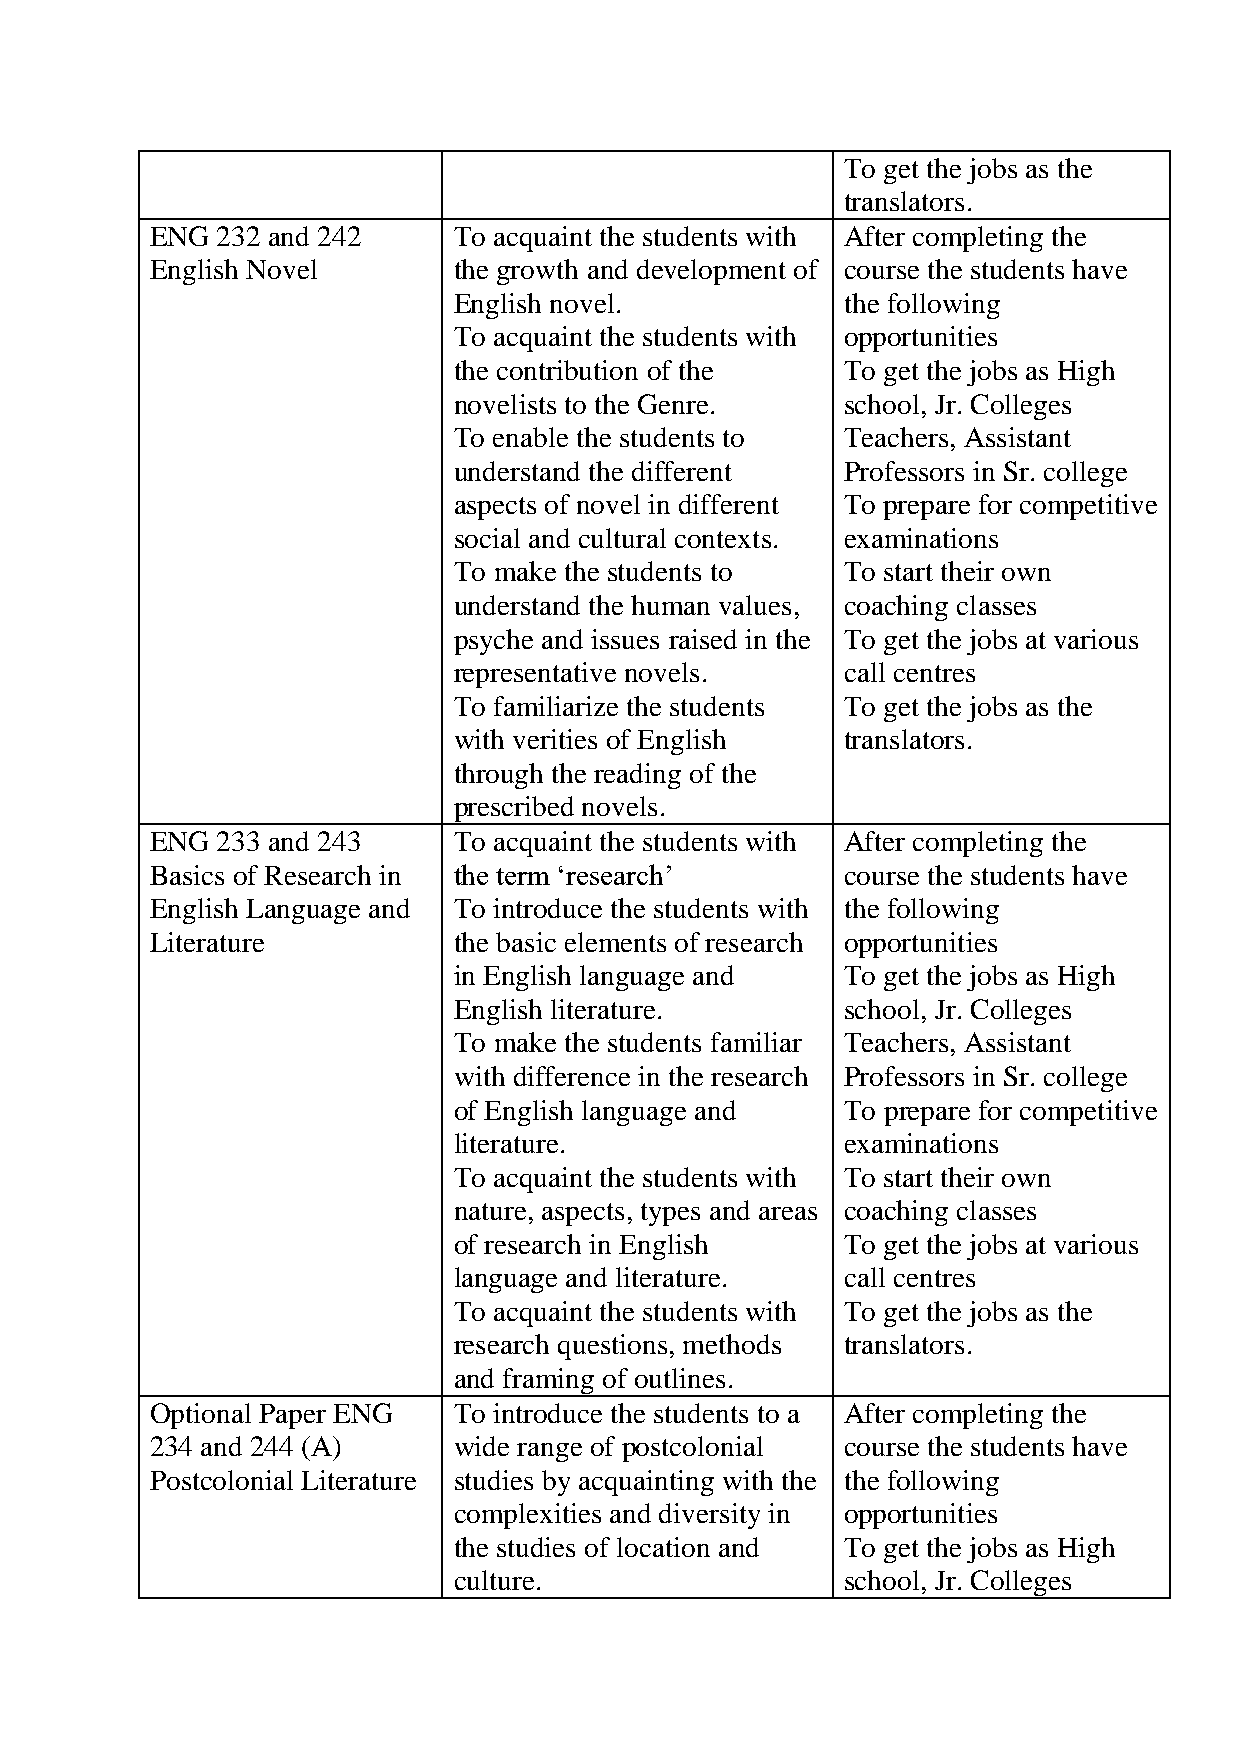
To get the jobs as the
 translators.
 ENG 232 and 242     To acquaint the students with After completing the
 English Novel       the growth and development of course the students have
 English novel.            the following
 To acquaint the students with opportunities
 the contribution of the   To get the jobs as High
 novelists to the Genre.   school, Jr. Colleges
 To enable the students to Teachers, Assistant
 understand the different  Professors in Sr. college
 aspects of novel in different To prepare for competitive
 social and cultural contexts. examinations
 To make the students to   To start their own
 understand the human values, coaching classes
 psyche and issues raised in the To get the jobs at various
 representative novels.    call centres
 To familiarize the students To get the jobs as the
 with verities of English  translators.
 through the reading of the
 prescribed novels.
 ENG 233 and 243     To acquaint the students with After completing the
 Basics of Research in the term ‘research’     course the students have
 English Language and To introduce the students with the following
 Literature          the basic elements of research opportunities
 in English language and   To get the jobs as High
 English literature.       school, Jr. Colleges
 To make the students familiar Teachers, Assistant
 with difference in the research Professors in Sr. college
 of English language and   To prepare for competitive
 literature.               examinations
 To acquaint the students with To start their own
 nature, aspects, types and areas coaching classes
 of research in English    To get the jobs at various
 language and literature.  call centres
 To acquaint the students with To get the jobs as the
 research questions, methods translators.
 and framing of outlines.
 Optional Paper ENG  To introduce the students to a After completing the
 234 and 244 (A)     wide range of postcolonial course the students have
 Postcolonial Literature studies by acquainting with the the following
 complexities and diversity in opportunities
 the studies of location and To get the jobs as High
 culture.                  school, Jr. Colleges